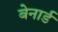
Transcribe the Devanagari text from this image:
बेनार्ड